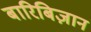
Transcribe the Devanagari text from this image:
बारिबिज़ान